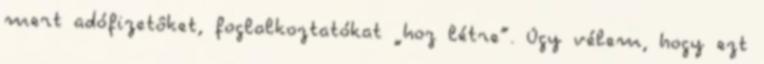
mert adófizetôket, foglalkoztatókat „hoz létre”. Úgy vélem, hogy ezt